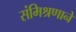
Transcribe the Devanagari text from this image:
संमिश्रणाने